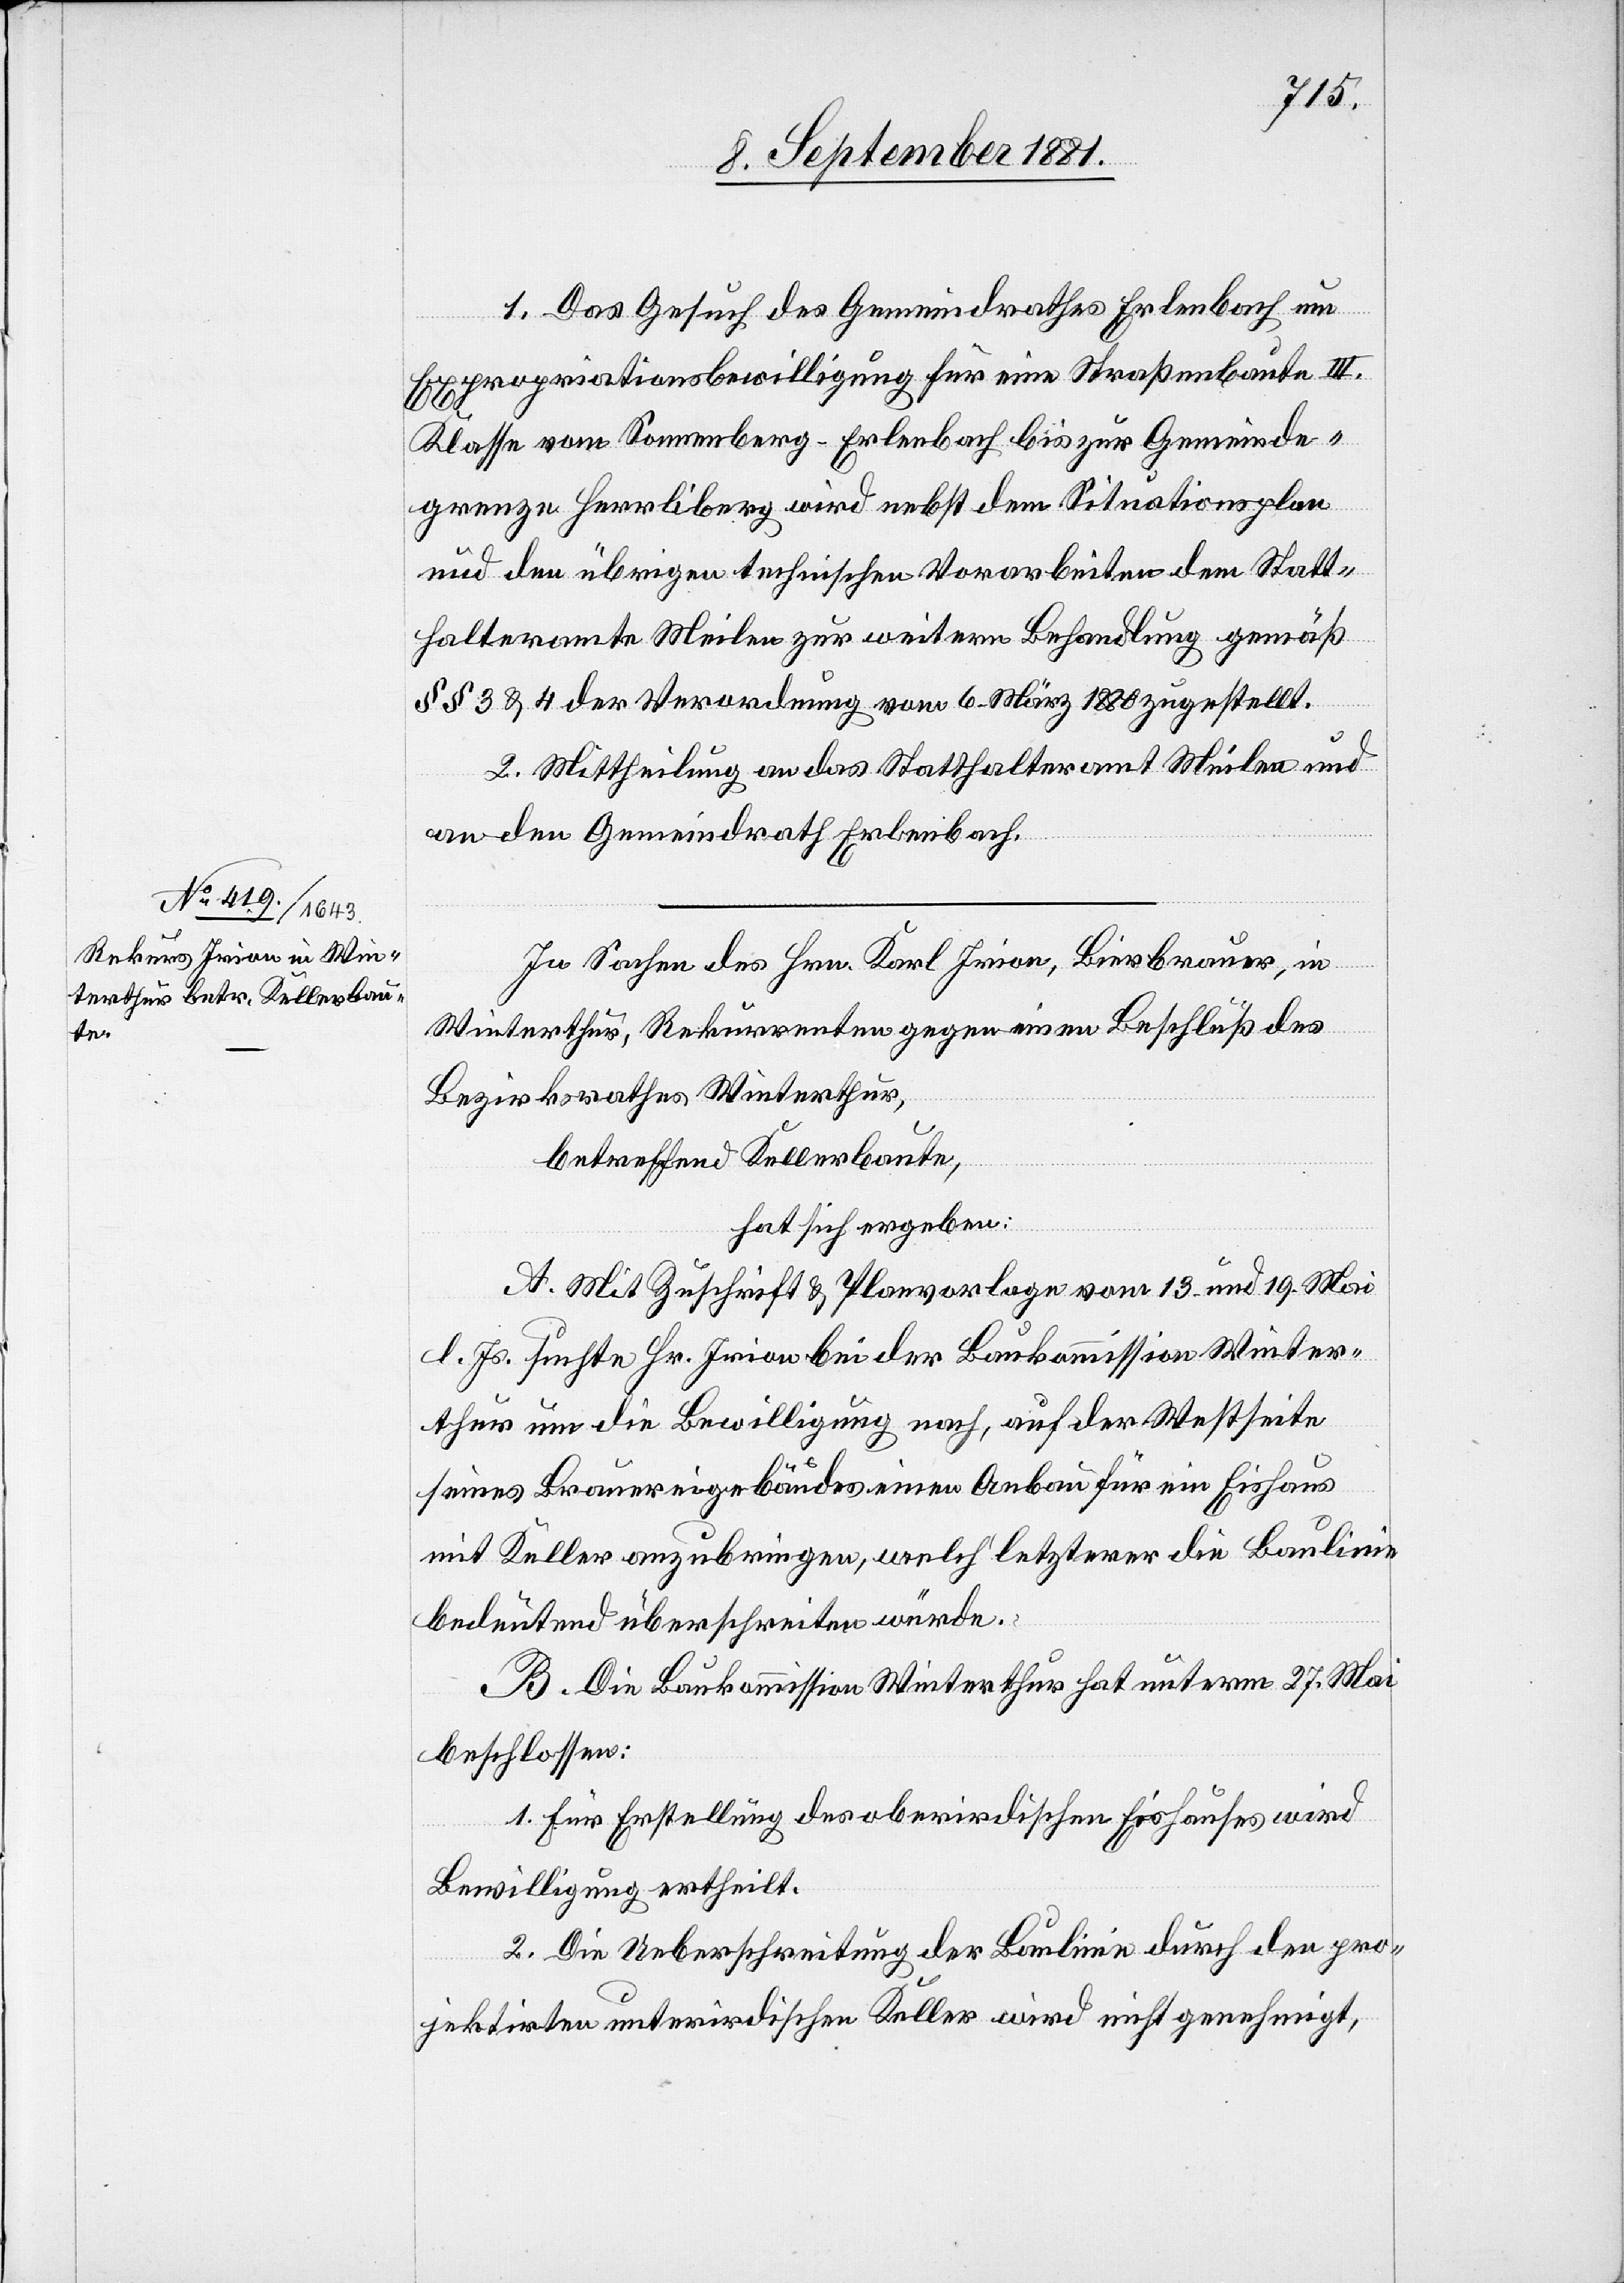
1. Das Gesuch des Gemeindrathes Erlenbach um
Expropriationsbewilligung für eine Straßenbaute III.
Klasse von Sonnenberg - Erlenbach bis zur Gemeinde¬
grenze Herrliberg wird nebst dem Situationsplan
und den übrigen technischen Vorarbeiten dem Statt¬
halteramte Meilen zur weitern Behandlung gemäß
§§ 3 & 4 der Verordnung vom 6. März 1880 zugestellt.
2. Mittheilung an das Statthalteramt Meilen und
an den Gemeindrath Erlenbach.
In Sachen des Hrn. Karl Irion, Bierbrauer, in
Winterthur, Rekurrenten gegen einen Beschluß des
Bezirksrathes Winterthur,
betreffend Kellerbaute,
hat sich ergeben:
A. Mit Zuschrift & Planvorlage vom 13. und 19. Mai
l. Js. suchte Hr. Irion bei der Baukommission Winter¬
thur um die Bewilligung nach, auf der Westseite
seines Brauereigebäudes einen Anbau für ein Eishaus
mit Keller anzubringen, welch‘ letzterer die Baulinie
bedeutend überschreiten würde.
B. Die Baukommission Winterthur hat unterm 27. Mai
beschlossen:
1. Für Erstellung des oberirdischen Eishauses wird
Bewilligung ertheilt.
2. Die Ueberschreitung der Baulinie durch den pro¬
jektirten unterirdischen Keller wird nicht genehmigt,